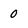
Character: O